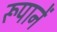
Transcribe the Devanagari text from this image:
रूपानें